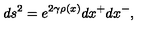
d s ^ { 2 } = e ^ { 2 \gamma \rho ( x ) } d x ^ { + } d x ^ { - } ,